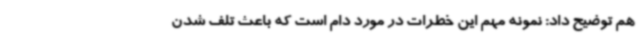
هم توضیح داد: نمونه مهم این خطرات در مورد دام است که باعث تلف شدن